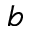
b